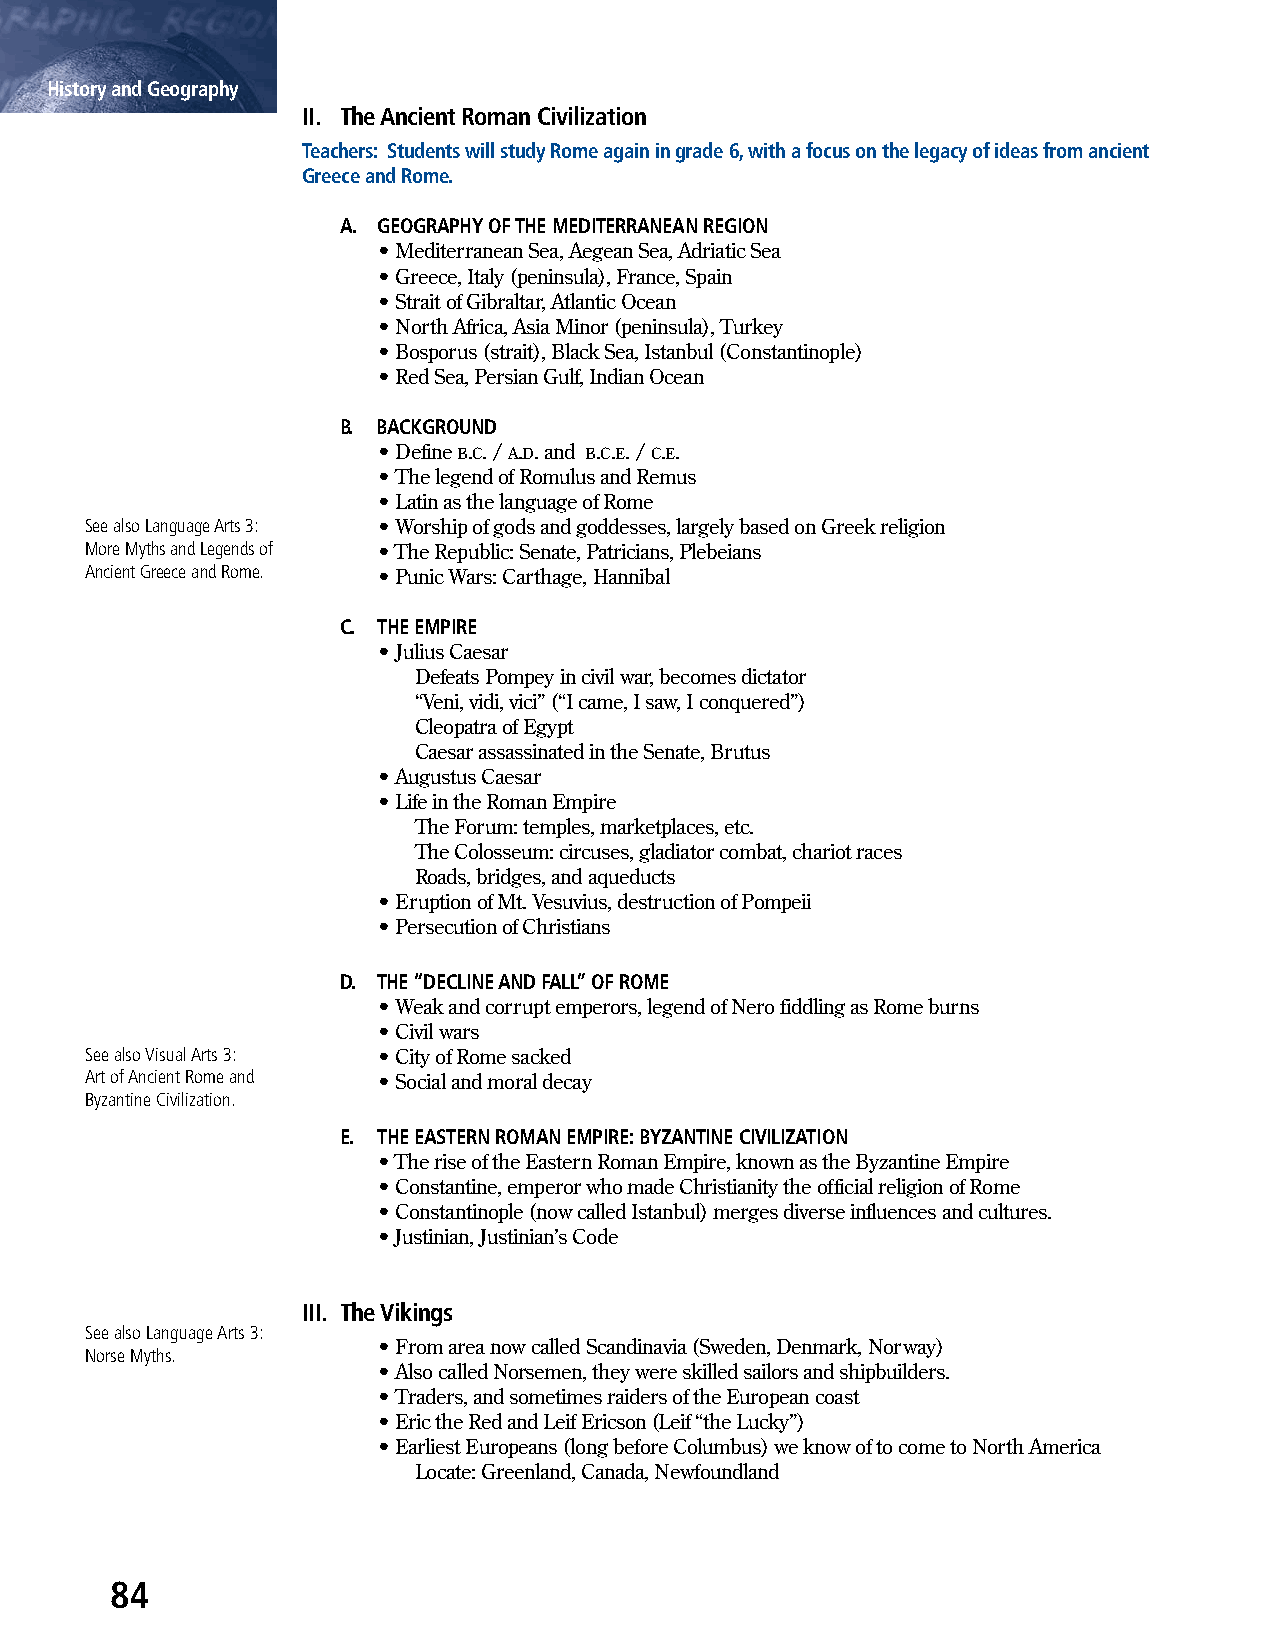
History and Geography
 II. The Ancient Roman Civilization
 Teachers: Students will study Rome again in grade 6, with a focus on the legacy of ideas from ancient
 Greece and Rome.
 A. GEOGRAPHY OF THE MEDITERRANEAN REGION
 • Mediterranean Sea, Aegean Sea, Adriatic Sea
 • Greece, Italy (peninsula), France, Spain
 • Strait of Gibraltar, Atlantic Ocean
 • North Africa, Asia Minor (peninsula), Turkey
 • Bosporus (strait), Black Sea, Istanbul (Constantinople)
 • Red Sea, Persian Gulf, Indian Ocean
 B. BACKGROUND
 • Define B.C. / A.D. and B.C.E. / C.E.
 • The legend of Romulus and Remus
 • Latin as the language of Rome
 See also Language Arts 3: • Worship of gods and goddesses, largely based on Greek religion
 More Myths and Legends of • The Republic: Senate, Patricians, Plebeians
 Ancient Greece and Rome. • Punic Wars: Carthage, Hannibal
 C. THE EMPIRE
 • Julius Caesar
 Defeats Pompey in civil war, becomes dictator
 “Veni, vidi, vici” (“I came, I saw, I conquered”)
 Cleopatra of Egypt
 Caesar assassinated in the Senate, Brutus
 • Augustus Caesar
 • Life in the Roman Empire
 The Forum: temples, marketplaces, etc.
 The Colosseum: circuses, gladiator combat, chariot races
 Roads, bridges, and aqueducts
 • Eruption of Mt. Vesuvius, destruction of Pompeii
 • Persecution of Christians
 D. THE “DECLINE AND FALL” OF ROME
 • Weak and corrupt emperors, legend of Nero fiddling as Rome burns
 • Civil wars
 See also Visual Arts 3: • City of Rome sacked
 Art of Ancient Rome and • Social and moral decay
 Byzantine Civilization.
 E. THE EASTERN ROMAN EMPIRE: BYZANTINE CIVILIZATION
 • The rise of the Eastern Roman Empire, known as the Byzantine Empire
 • Constantine, emperor who made Christianity the official religion of Rome
 • Constantinople (now called Istanbul) merges diverse influences and cultures.
 • Justinian, Justinian’s Code
 III. The Vikings
 See also Language Arts 3:
 • From area now called Scandinavia (Sweden, Denmark, Norway)
 Norse Myths.
 • Also called Norsemen, they were skilled sailors and shipbuilders.
 • Traders, and sometimes raiders of the European coast
 • Eric the Red and Leif Ericson (Leif “the Lucky”)
 • Earliest Europeans (long before Columbus) we know of to come to North America
 Locate: Greenland, Canada, Newfoundland
 84